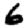
Digit: 6